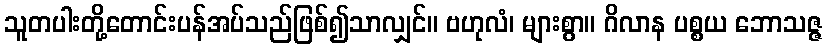
သူတပါးတို့တောင်းပန်အပ်သည်ဖြစ်၍သာလျှင်။ ဗဟုလံ၊ များစွာ။ ဂိလာန ပစ္စယ ဘောသဇ္ဇ